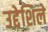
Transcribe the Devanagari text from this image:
उद्देशिले